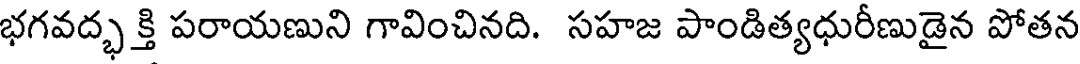
భగవద్భ క్తి పరాయణుని గావించినది. సహజ పాండిత్యధురీణుడైన పోతన